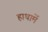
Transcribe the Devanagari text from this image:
हाथामें